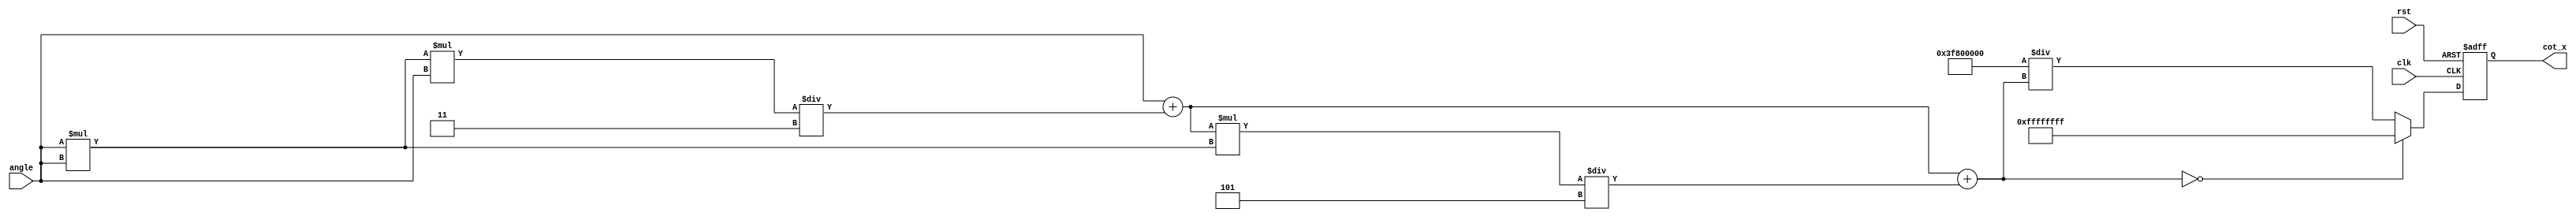
module cotangent (
    input wire [31:0] angle,    // Input angle in radians (floating-point)
    output reg [31:0] cot_x,     // Cotangent output (floating-point)
    input wire clk,
    input wire rst
);

reg [31:0] tan_x; // Temporary variable for tangent value
reg valid; // Indicates if the output is valid

// Function to compute tangent using Taylor Series approximation
function [31:0] tangent;
    input [31:0] x;
    reg [31:0] x_squared;
    begin
        // Simple Taylor series approximation for tan(x) around 0
        // tan(x)  x + x^3/3 + x^5/5 + ...
        x_squared = x * x;
        tangent = x + (x_squared * x) / 32'h00000003; // x^3 / 3
        tangent = tangent + (tangent * x_squared) / 32'h00000005; // x^5 / 5
    end
endfunction

// Compute cotangent
always @(posedge clk or posedge rst) begin
    if (rst) begin
        cot_x <= 32'b0; // Reset cotangent output
        valid <= 1'b0;
    end else begin
        tan_x = tangent(angle);
        
        // Check for undefined cotangent (tan(x) = 0)
        if (tan_x == 32'b0) begin
            cot_x <= 32'hFFFFFFFF; // Return an invalid value (representing infinity)
        end else begin
            // Calculate cotangent as 1/tan(x)
            cot_x <= (32'h3F800000 / tan_x); // Assuming normalized floating-point representation
        end
        valid <= 1'b1; // Indicate that output is valid
    end
end

endmodule